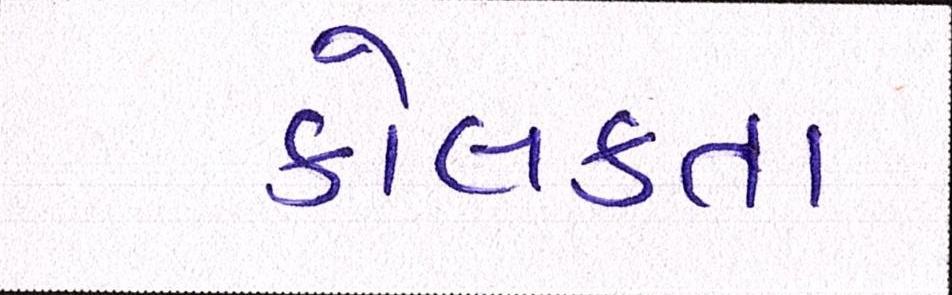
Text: કોલકતા